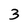
Character: 3